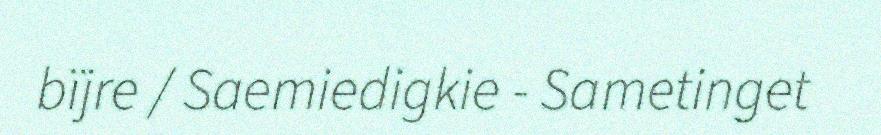
bïjre / Saemiedigkie - Sametinget